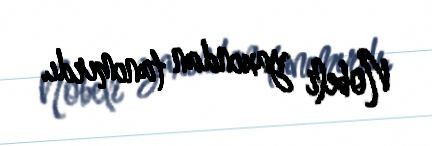
Nobeli yaxından tanımırdı.